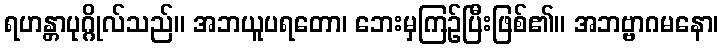
ရဟန္တာပုဂ္ဂိုလ်သည်။ အဘယူပရတော၊ ဘေးမှကြဉ်ပြီးဖြစ်၏။ အဘဗ္ဗာဂမနော၊